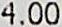
4.00